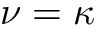
\nu = \kappa